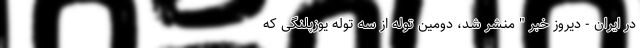
در ایران - دیروز خبر " منشر شد، دومین توله از سه توله یوزپلنگی که